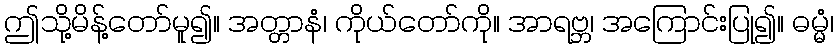
ဤသို့မိန့်တော်မူ၍။ အတ္တာနံ၊ ကိုယ်တော်ကို။ အာရဗ္ဘ၊ အကြောင်းပြု၍။ ဓမ္မံ၊